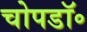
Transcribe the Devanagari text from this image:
चोपडॉ॰